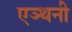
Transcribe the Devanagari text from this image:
एञ्थनी